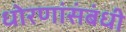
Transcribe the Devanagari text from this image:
धोरणांसंबंधी